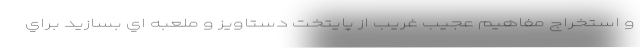
و استخراج مفاهيم عجيب غريب از پايتخت دستاويز و ملعبه اي بسازيد براي